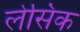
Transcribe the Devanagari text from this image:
लेसिक